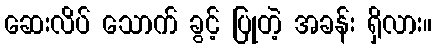
ဆေးလိပ် သောက် ခွင့် ပြုတဲ့ အခန်း ရှိလား။